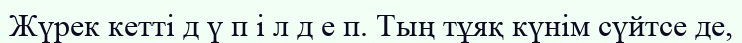
Жүрек кетті д ү п і л д е п. Тың тұяқ күнім сүйтсе де,